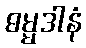
ဓမ္မဒါနံ